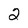
Character: 2